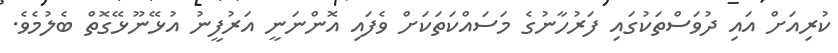
ކުރިއަށް އައި ދުވަސްތަކުގައި ފަރުހާނުގެ މަސައްކަތަކަށް ވެފައި އޮންނަނީ އަރުފީނު އުޅޭނޫޅޭގޮތް ބެލުމެވެ.